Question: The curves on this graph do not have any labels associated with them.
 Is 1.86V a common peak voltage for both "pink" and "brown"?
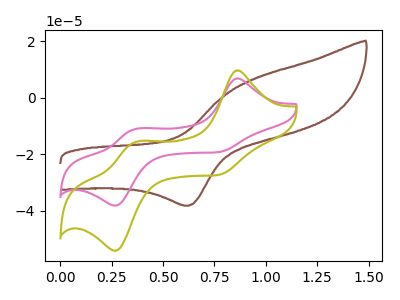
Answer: <think>The brown curve "brown" has an anodic peak at (0.95V, 6.55uA) and a cathodic peak at (0.65V, -38.10uA). The pink curve "pink" has anodic peaks at (0.85V, 6.80uA) (0.35V, -11.10uA) and cathodic peaks at (0.75V, -19.25uA) (0.25V, -38.10uA). The olive curve "olive" has anodic peaks at (0.85V, 9.65uA) (0.35V, -15.70uA) and cathodic peaks at (0.75V, -27.30uA) (0.25V, -54.00uA).</think>
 <answer>No, "pink" and "brown" dont share a peak at 1.86V.</answer>
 <eval>mismatch</eval>